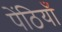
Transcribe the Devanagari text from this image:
पेंठियाँ